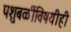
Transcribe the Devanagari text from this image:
पशुबळींविषयीही